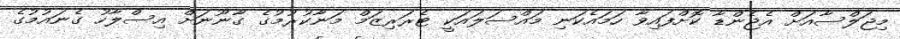
މިޖަލްސާއަށް އެޖެންޑާ ކޮށްފައިވާ ހަމައެކަނި މައްސަލައަކީ ޓެރަރިޒަމް މަނާކުރުމުގެ ގާނޫނަށް އިސްލާހު ގެނައުމުގެ